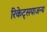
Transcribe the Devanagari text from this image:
रिकेट्सयाजन्य